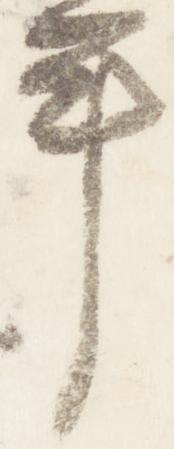
年